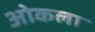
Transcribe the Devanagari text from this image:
ओकला